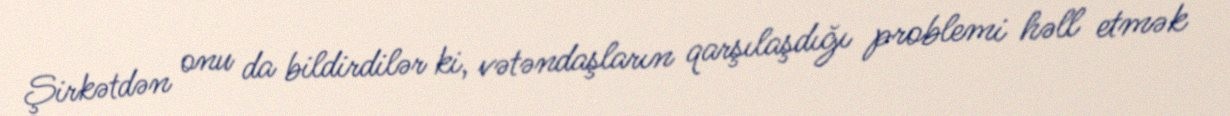
Şirkətdən onu da bildirdilər ki, vətəndaşların qarşılaşdığı problemi həll etmək